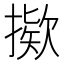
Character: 𫽸